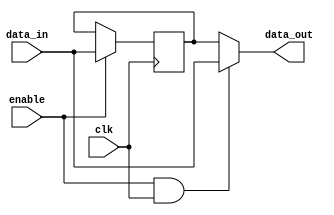
module data_enable_latch(
    input data_in,
    input enable,
    input clk,
    output reg data_out
);

reg d_ff;

always @(posedge clk) begin
    if(enable) begin
        d_ff <= data_in;
    end
end

assign data_out = (enable && (clk)) ? data_in : d_ff;

endmodule